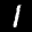
Label: 1